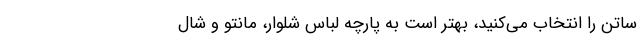
ساتن را انتخاب می‌کنید، بهتر است به پارچه لباس شلوار، مانتو و شال